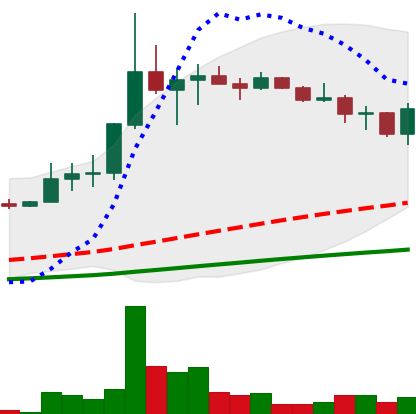
Ticker: LINK-USD
Chart end date: 2019-07-12
Forward return: -25.022%
Label: down_7plus